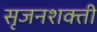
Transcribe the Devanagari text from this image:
सृजनशक्ती